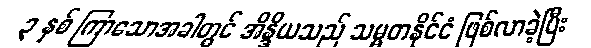
၃ နှစ် ကြာသောအခါတွင် အိန္ဒိယသည် သမ္မတနိုင်ငံ ဖြစ်လာခဲ့ပြီး